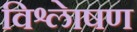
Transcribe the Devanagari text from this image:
विश्लेाषण